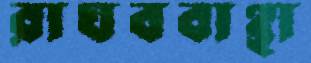
রাঘববাঞ্ছা